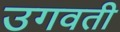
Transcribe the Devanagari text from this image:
उगवती